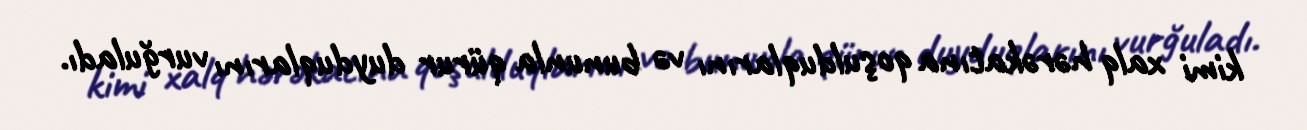
kimi xalq hərəkatına qoşulduqlarını və bununla qürur duyduqlarını vurğuladı.